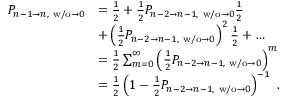
\begin{array} { r l } { P _ { n - 1 \to n , \mathrm { ~ w / o } \to 0 } } & { = \frac { 1 } { 2 } + \frac { 1 } { 2 } P _ { n - 2 \to n - 1 , \mathrm { ~ w / o } \to 0 } \frac { 1 } { 2 } } \\ & { + \left( \frac { 1 } { 2 } P _ { n - 2 \to n - 1 , \mathrm { ~ w / o } \to 0 } \right) ^ { 2 } \frac { 1 } { 2 } + \dots } \\ & { = \frac { 1 } { 2 } \sum _ { m = 0 } ^ { \infty } \left( \frac { 1 } { 2 } P _ { n - 2 \to n - 1 , \mathrm { ~ w / o } \to 0 } \right) ^ { m } } \\ & { = \frac { 1 } { 2 } \left( 1 - \frac { 1 } { 2 } P _ { n - 2 \to n - 1 , \mathrm { ~ w / o } \to 0 } \right) ^ { - 1 } \ . } \end{array}